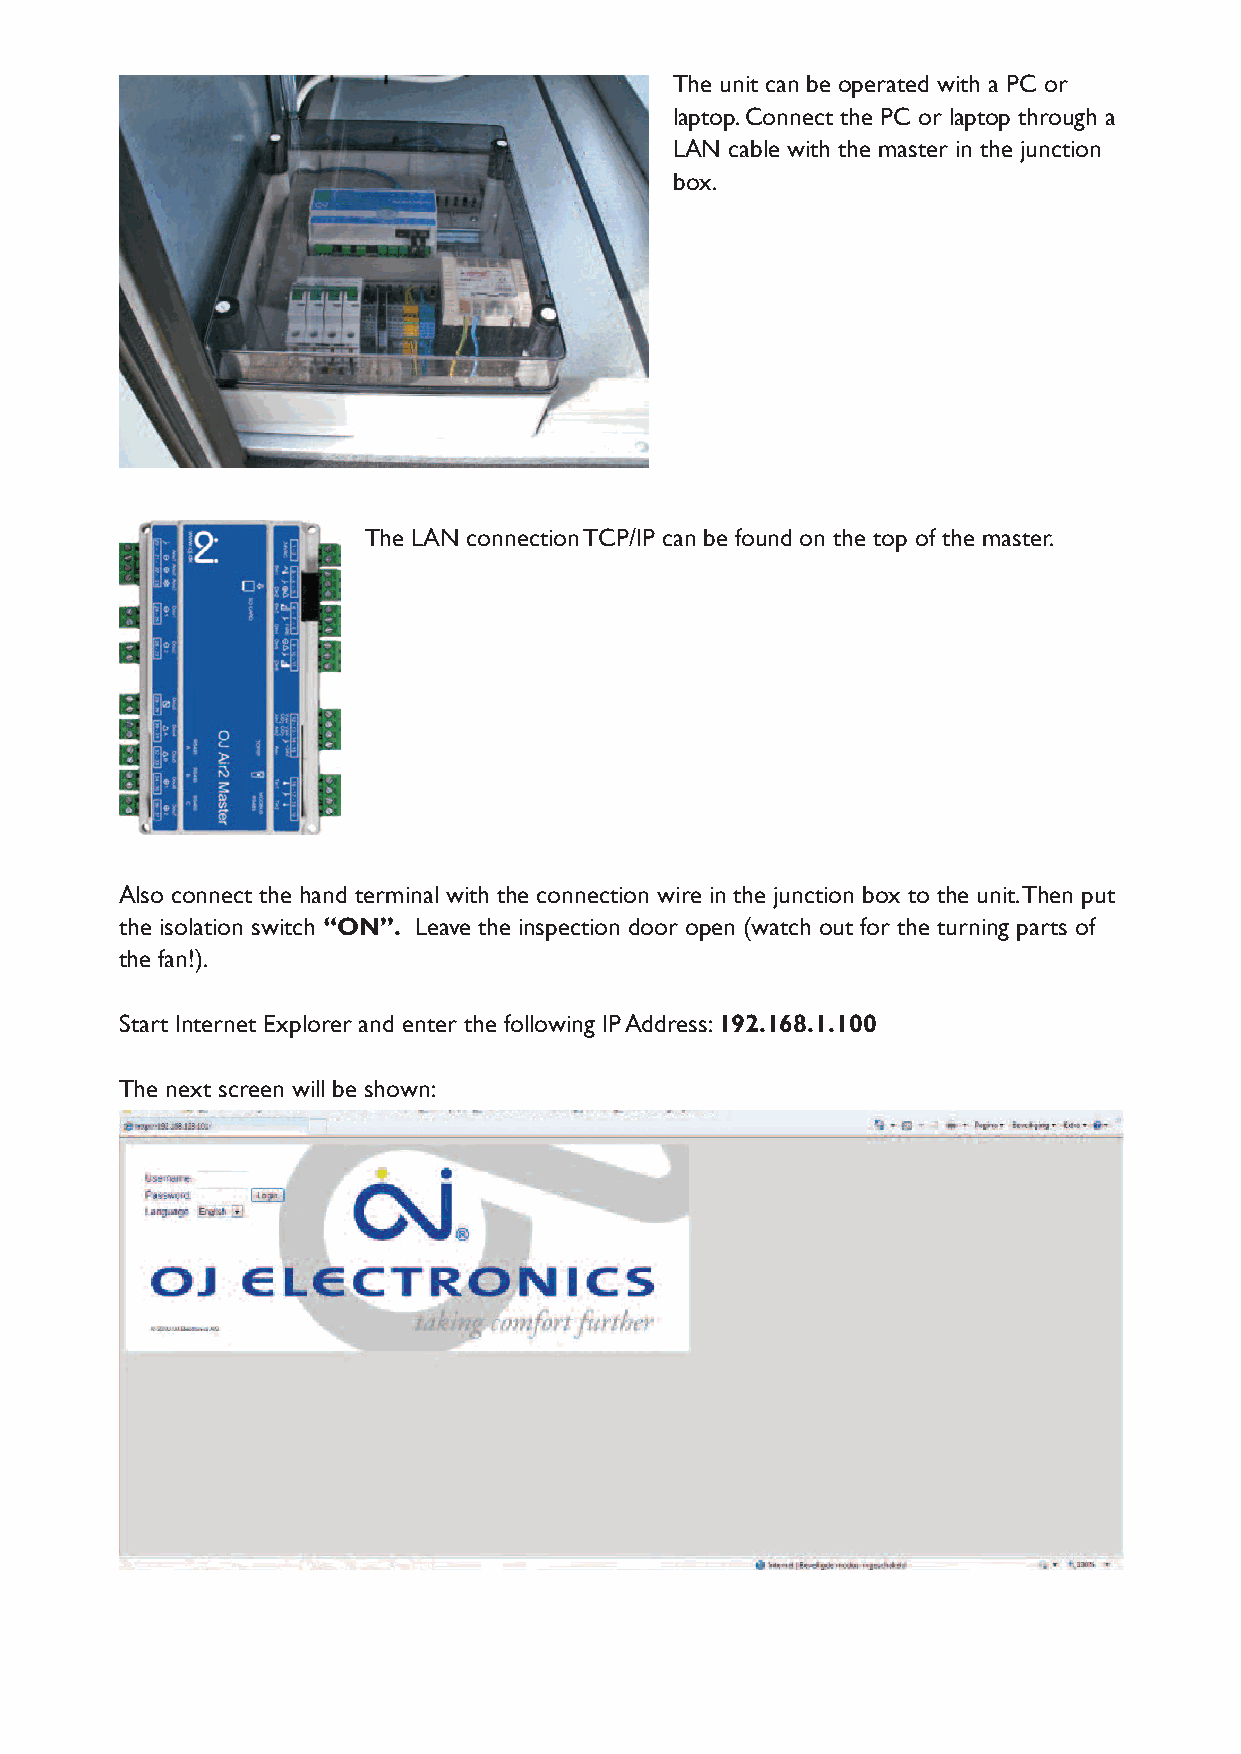
The unit can be operated with a PC or
 laptop. Connect the PC or laptop through a
 LAN cable with the master in the junction
 box.
 The LAN connection TCP/IP can be found on the top of the master.
 Also connect the hand terminal with the connection wire in the junction box to the unit. Then put
 the isolation switch “ON”. Leave the inspection door open (watch out for the turning parts of
 the fan!).
 Start Internet Explorer and enter the following IP Address: 192.168.1.100
 The next screen will be shown: